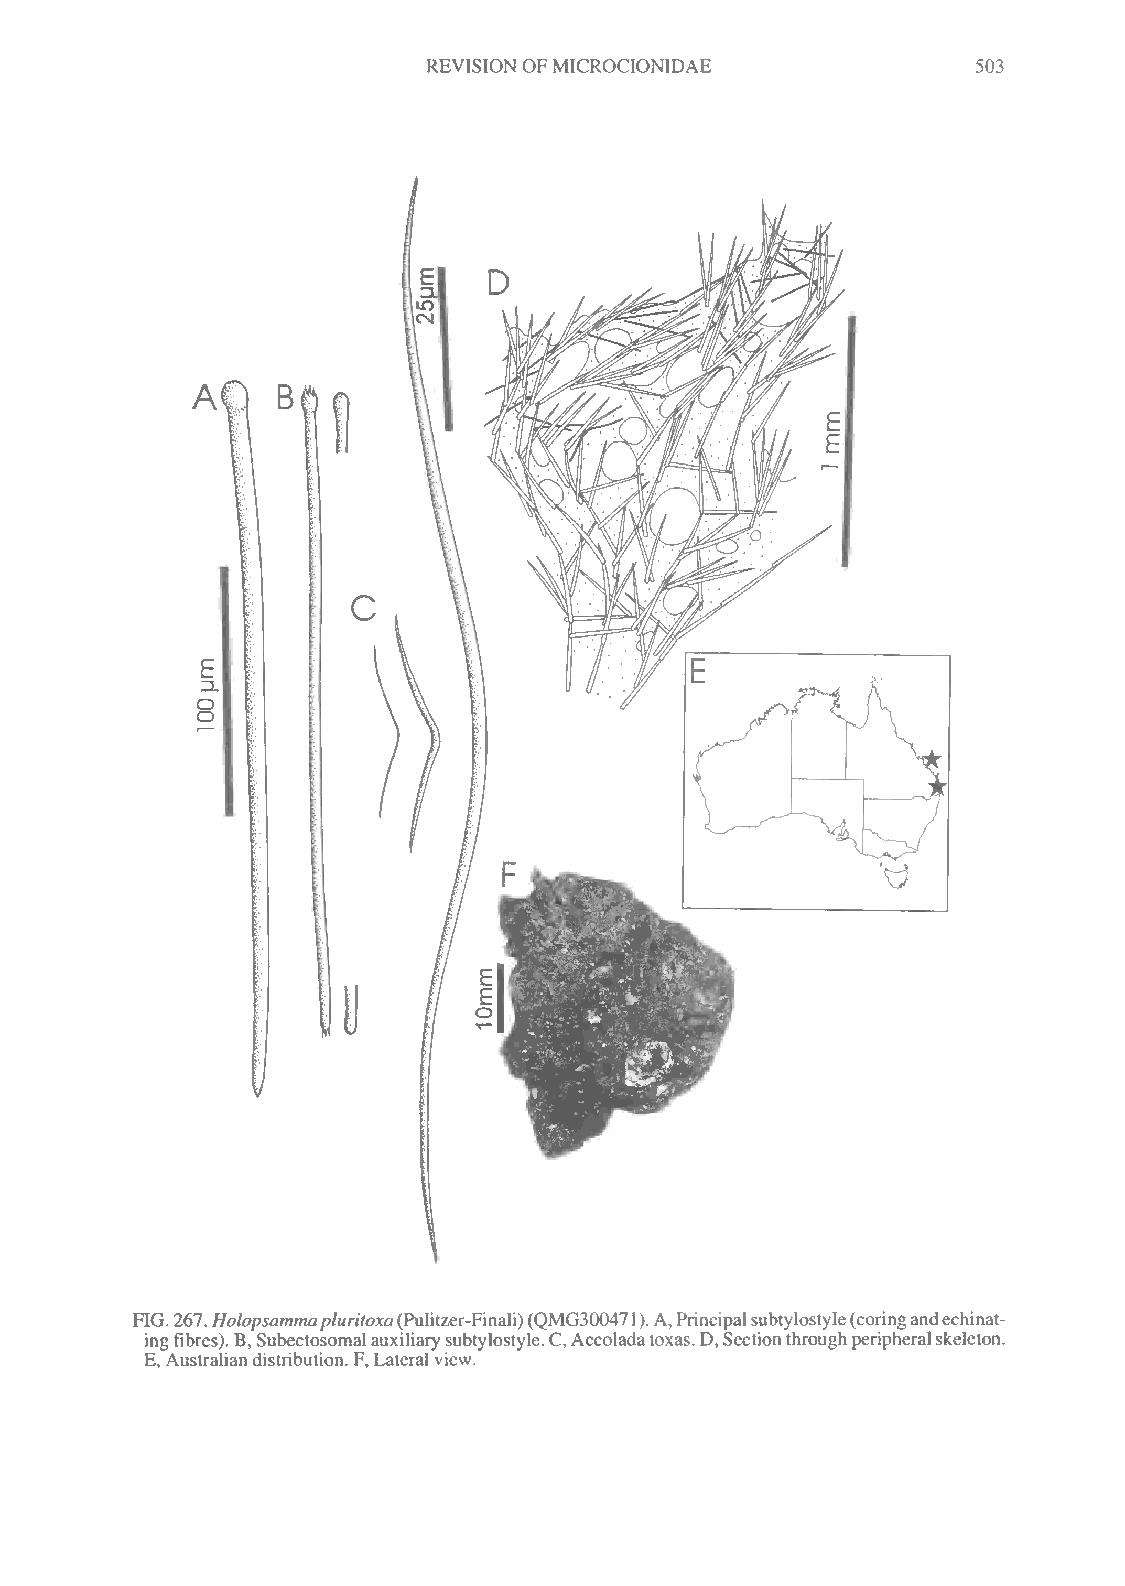
REVISION OFMICROCIONIDAE             503
 E
 'V
 FIG.267.Holopsammapluritoxa(Pulitzer-Finali)(QMG30047 1).A,Principalsubtylostyle(coringandechinat-
 ingfibres).B,Subectosomalauxiliarysubtylostyle.C,Accoladatoxas.D,Sectionthroughperipheralskeleton.
 E, Australiandistribution. F, Lateral view.